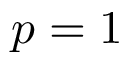
p = 1